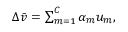
\begin{array} { r } { \Delta \bar { \boldsymbol { v } } = \sum _ { m = 1 } ^ { C } \alpha _ { m } \boldsymbol { u } _ { m } , } \end{array}